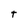
Character: t